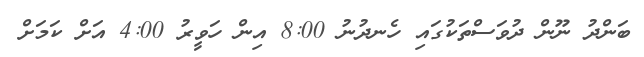
ބަންދު ނޫން ދުވަސްތަކުގައި ހެނދުނު 8:00 އިން ހަވީރު 4:00 އަށް ކަމަށް